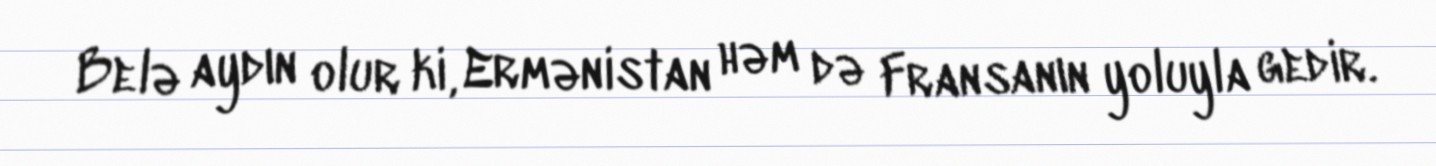
Belə aydın olur ki, Ermənistan həm də Fransanın yoluyla gedir.